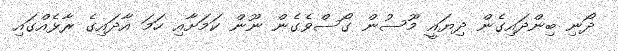
ދޯނި ބިންދައިގެން ދިޔައީ މޫސުން ގޯސްވެގެން ނޫން ކަމަށާއި ހަމަ އާދައިގެ ރާޅެއްގައި